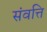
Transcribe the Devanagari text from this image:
संवत्ति